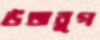
উজবুগ